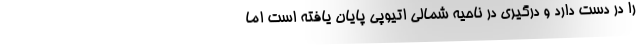
را در دست دارد و درگیری در ناحیه شمالی اتیوپی پایان یافته است اما